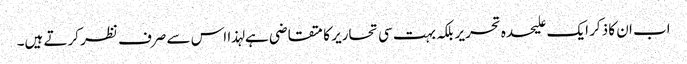
اب ان کا ذکر ایک علیحدہ تحریر بلکہ بہت سی تحاریر کا متقاضی ہے لہذا اس سے صرف نظر کرتے ہیں۔